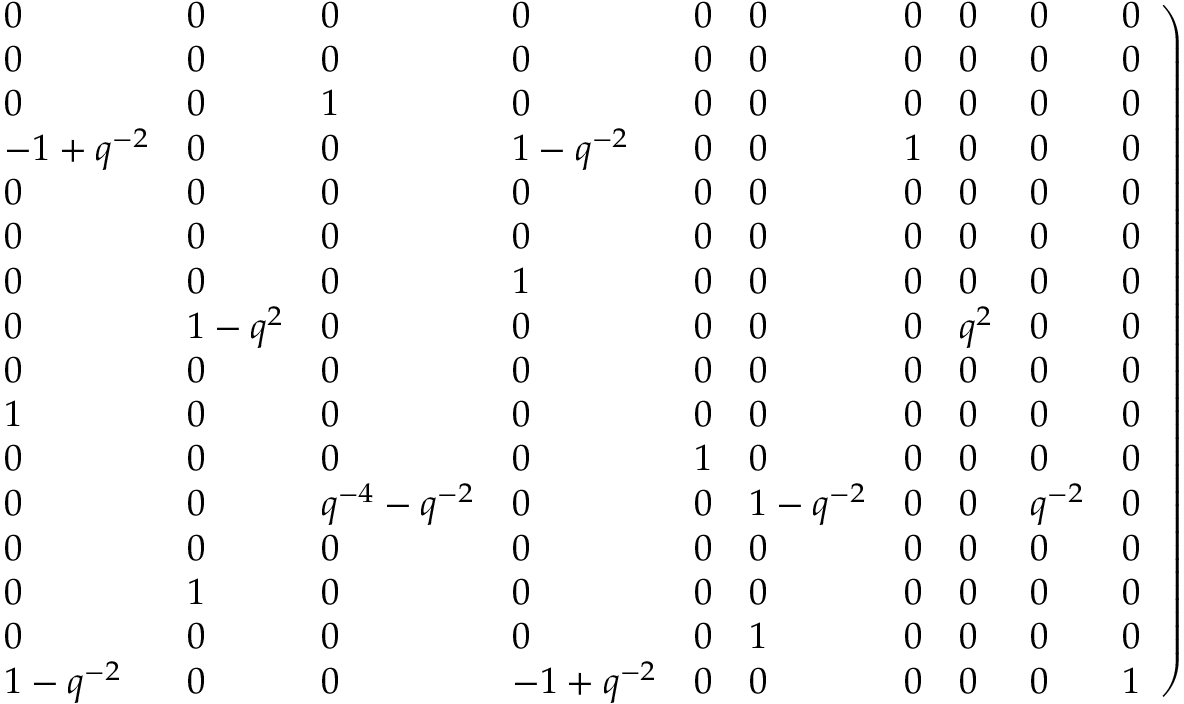
\left. \begin{array} { l l l l l l l l l l } { { 0 } } & { { 0 } } & { { 0 } } & { { 0 } } & { { 0 } } & { { 0 } } & { { 0 } } & { { 0 } } & { { 0 } } & { { 0 } } \\ { { 0 } } & { { 0 } } & { { 0 } } & { { 0 } } & { { 0 } } & { { 0 } } & { { 0 } } & { { 0 } } & { { 0 } } & { { 0 } } \\ { { 0 } } & { { 0 } } & { { 1 } } & { { 0 } } & { { 0 } } & { { 0 } } & { { 0 } } & { { 0 } } & { { 0 } } & { { 0 } } \\ { { - 1 + q ^ { - 2 } } } & { { 0 } } & { { 0 } } & { { 1 - { q ^ { - 2 } } } } & { { 0 } } & { { 0 } } & { { 1 } } & { { 0 } } & { { 0 } } & { { 0 } } \\ { { 0 } } & { { 0 } } & { { 0 } } & { { 0 } } & { { 0 } } & { { 0 } } & { { 0 } } & { { 0 } } & { { 0 } } & { { 0 } } \\ { { 0 } } & { { 0 } } & { { 0 } } & { { 0 } } & { { 0 } } & { { 0 } } & { { 0 } } & { { 0 } } & { { 0 } } & { { 0 } } \\ { { 0 } } & { { 0 } } & { { 0 } } & { { 1 } } & { { 0 } } & { { 0 } } & { { 0 } } & { { 0 } } & { { 0 } } & { { 0 } } \\ { { 0 } } & { { 1 - q ^ { 2 } } } & { { 0 } } & { { 0 } } & { { 0 } } & { { 0 } } & { { 0 } } & { { { q ^ { 2 } } } } & { { 0 } } & { { 0 } } \\ { { 0 } } & { { 0 } } & { { 0 } } & { { 0 } } & { { 0 } } & { { 0 } } & { { 0 } } & { { 0 } } & { { 0 } } & { { 0 } } \\ { { 1 } } & { { 0 } } & { { 0 } } & { { 0 } } & { { 0 } } & { { 0 } } & { { 0 } } & { { 0 } } & { { 0 } } & { { 0 } } \\ { { 0 } } & { { 0 } } & { { 0 } } & { { 0 } } & { { 1 } } & { { 0 } } & { { 0 } } & { { 0 } } & { { 0 } } & { { 0 } } \\ { { 0 } } & { { 0 } } & { { { q ^ { - 4 } } - { q ^ { - 2 } } } } & { { 0 } } & { { 0 } } & { { 1 - { q ^ { - 2 } } } } & { { 0 } } & { { 0 } } & { { { q ^ { - 2 } } } } & { { 0 } } \\ { { 0 } } & { { 0 } } & { { 0 } } & { { 0 } } & { { 0 } } & { { 0 } } & { { 0 } } & { { 0 } } & { { 0 } } & { { 0 } } \\ { { 0 } } & { { 1 } } & { { 0 } } & { { 0 } } & { { 0 } } & { { 0 } } & { { 0 } } & { { 0 } } & { { 0 } } & { { 0 } } \\ { { 0 } } & { { 0 } } & { { 0 } } & { { 0 } } & { { 0 } } & { { 1 } } & { { 0 } } & { { 0 } } & { { 0 } } & { { 0 } } \\ { { 1 - q ^ { - 2 } } } & { { 0 } } & { { 0 } } & { { - 1 + { q ^ { - 2 } } } } & { { 0 } } & { { 0 } } & { { 0 } } & { { 0 } } & { { 0 } } & { { 1 } } \end{array} \right)